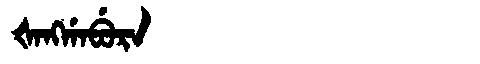
Manchu: ᡧᠠᠩᡤᠠᠪᡠᡵᠠ
Romanization: ŠANGGABURA